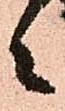
之